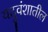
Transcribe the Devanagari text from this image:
यदुवंशातील